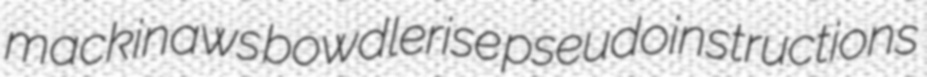
mackinaws bowdlerise pseudoinstructions